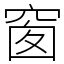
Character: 窗